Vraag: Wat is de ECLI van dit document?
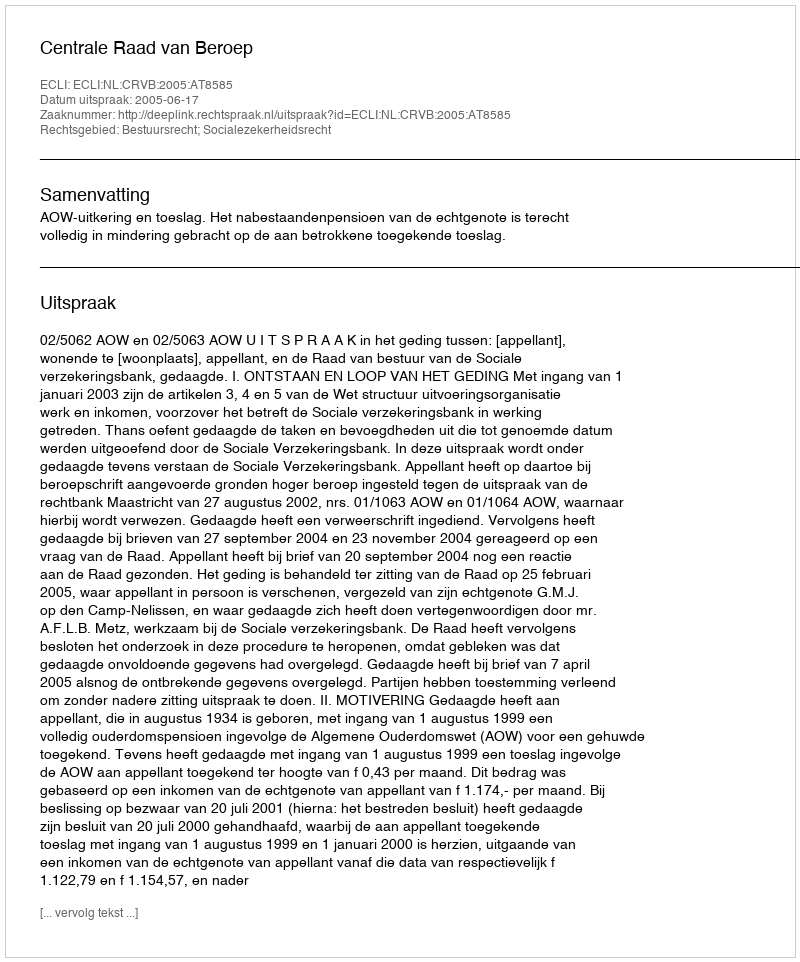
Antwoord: ECLI:NL:CRVB:2005:AT8585